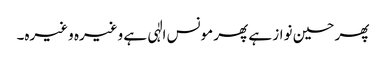
پھر حسین نواز ہے پھر مونس الٰہی ہے وغیرہ وغیرہ۔